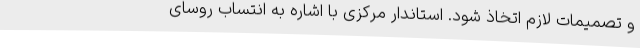
و تصمیمات لازم اتخاذ شود. استاندار مرکزی با اشاره به انتساب روسای